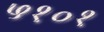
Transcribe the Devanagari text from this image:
५१०१